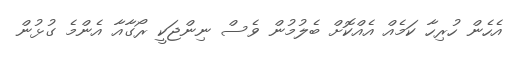
އެހެން ހުރިހާ ކަމެއް އެއްކޮށް ބެލުމުން ވެސް ނިންޖަކީ ރޯގާއާ އެންމެ ގުޅުން